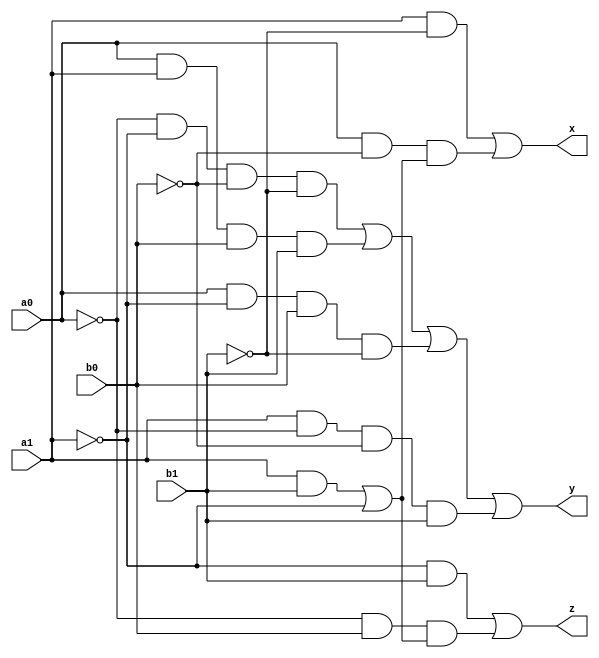
module comparator_struct(a1,a0,b0,b1,x,y,z);
input a1,b1,a0,b0;
output x,y,z;
wire j,k,l,m,n,d,e,f,g,h,i,c,o,p,q,r,s;
not(j,a0);
not(k,a1);
not(l,b0);
not(m,b1);
//x
and(d,a1,m);
and(e,k,m);
and(f,a1,b1);
or(g,f,k);
and(h,a0,l,g);
or(x,d,h);
//y
and(n,j,k,l,m);
and(c,a0,a1,b0,b1);
and(o,a0,k,b0,m);
and(p,a1,j,l,b1);
or(y,n,c,o,p);
//z
and(q,k,b1);
and(r,j,b0);
and(s,r,g);
or(z,q,s);

endmodule